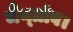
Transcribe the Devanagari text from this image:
मैन्ग्रोव।